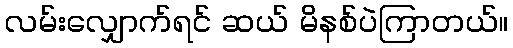
လမ်းလျှောက်ရင် ဆယ် မိနစ်ပဲကြာတယ်။